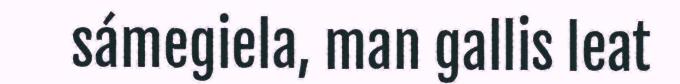
sámegiela, man gallis leat